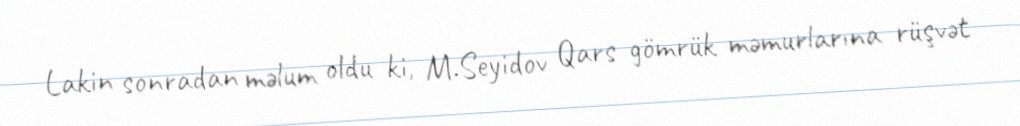
Lakin sonradan məlum oldu ki, M.Seyidov Qars gömrük məmurlarına rüşvət